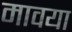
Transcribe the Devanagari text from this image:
मावया